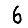
Digit: 6